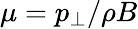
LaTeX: \mu=p_{\perp}/\rho B